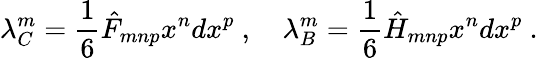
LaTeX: \lambda_{C}^{m}=\frac{1}{6}\hat{F}_{mnp}x^{n}dx^{p}\ ,\quad\lambda_{B}^{m}=\frac{1}{6}\hat{H}_{mnp}x^{n}dx^{p}\ .